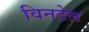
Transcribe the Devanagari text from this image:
विनटेल